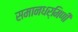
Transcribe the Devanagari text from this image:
समानधर्मिणी